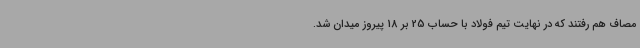
مصاف هم رفتند که در نهایت تیم فولاد با حساب 25 بر 18 پیروز میدان شد.